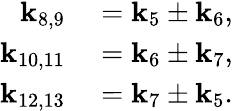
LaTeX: \begin{array}{rl}{\mathbf{k}_{8,9}}&{{}=\mathbf{k}_{5}\pm\mathbf{k}_{6},}\\ {\mathbf{k}_{10,11}}&{{}=\mathbf{k}_{6}\pm\mathbf{k}_{7},}\\ {\mathbf{k}_{12,13}}&{{}=\mathbf{k}_{7}\pm\mathbf{k}_{5}.}\end{array}